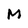
Character: M